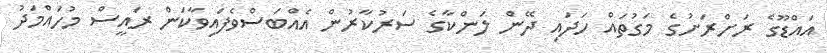
އައްޑޫގެ ރަށްރަށުގެ މަގުތައް ހަދައި ދޭން ލަންކާގެ ސަރުކާރުން އެއްބަސްވެފައިވާކަން ރައީސް މުހައްމަދު